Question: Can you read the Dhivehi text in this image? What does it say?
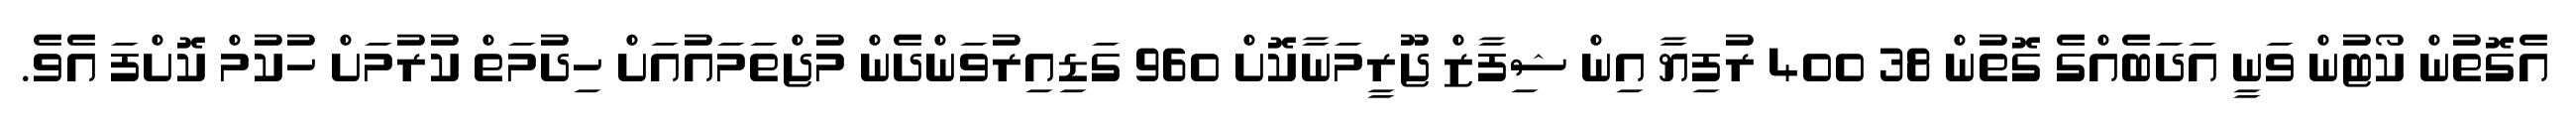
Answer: އެގޮތުން ކޯޓުން ވަނީ އަދަބެއްގެ ގޮތުން 38 400 ރުފިޔާ އިން ޝިފާޒް ޖޫރީމަނާކޮށް 960 ގަޑިއިރުވަންދެން މުޖްތަމައުއަށް ހިދުމަތް ކުރުމަށް ހުކުމް ކޮށްފަ އެވެ.